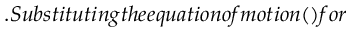
. S u b s t i t u t i n g t h e e q u a t i o n o f m o t i o n ( ) f o r